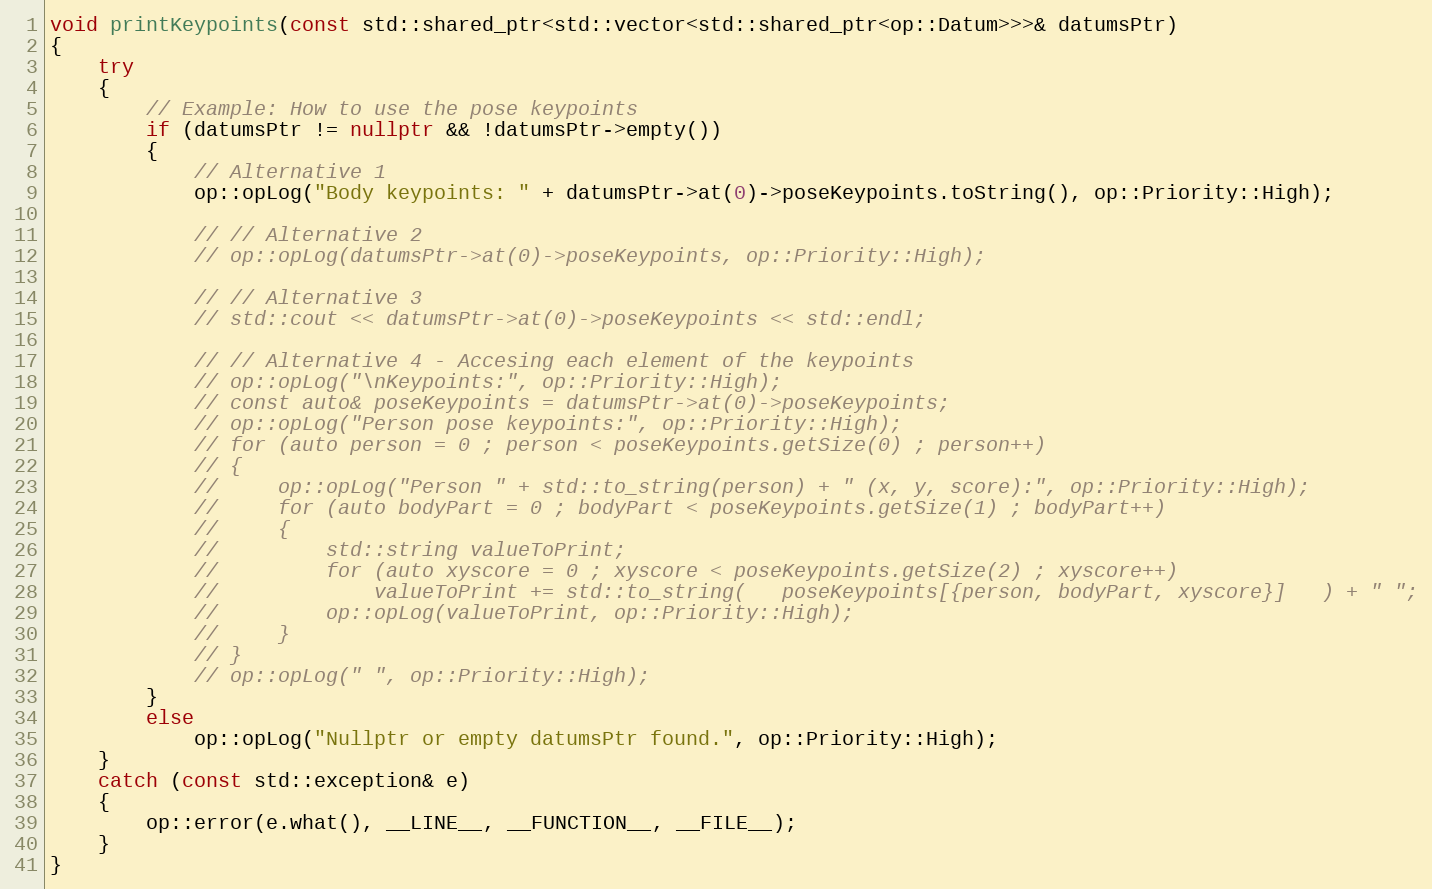
Language: C++
void printKeypoints(const std::shared_ptr<std::vector<std::shared_ptr<op::Datum>>>& datumsPtr)
{
    try
    {
        // Example: How to use the pose keypoints
        if (datumsPtr != nullptr && !datumsPtr->empty())
        {
            // Alternative 1
            op::opLog("Body keypoints: " + datumsPtr->at(0)->poseKeypoints.toString(), op::Priority::High);

            // // Alternative 2
            // op::opLog(datumsPtr->at(0)->poseKeypoints, op::Priority::High);

            // // Alternative 3
            // std::cout << datumsPtr->at(0)->poseKeypoints << std::endl;

            // // Alternative 4 - Accesing each element of the keypoints
            // op::opLog("\nKeypoints:", op::Priority::High);
            // const auto& poseKeypoints = datumsPtr->at(0)->poseKeypoints;
            // op::opLog("Person pose keypoints:", op::Priority::High);
            // for (auto person = 0 ; person < poseKeypoints.getSize(0) ; person++)
            // {
            //     op::opLog("Person " + std::to_string(person) + " (x, y, score):", op::Priority::High);
            //     for (auto bodyPart = 0 ; bodyPart < poseKeypoints.getSize(1) ; bodyPart++)
            //     {
            //         std::string valueToPrint;
            //         for (auto xyscore = 0 ; xyscore < poseKeypoints.getSize(2) ; xyscore++)
            //             valueToPrint += std::to_string(   poseKeypoints[{person, bodyPart, xyscore}]   ) + " ";
            //         op::opLog(valueToPrint, op::Priority::High);
            //     }
            // }
            // op::opLog(" ", op::Priority::High);
        }
        else
            op::opLog("Nullptr or empty datumsPtr found.", op::Priority::High);
    }
    catch (const std::exception& e)
    {
        op::error(e.what(), __LINE__, __FUNCTION__, __FILE__);
    }
}